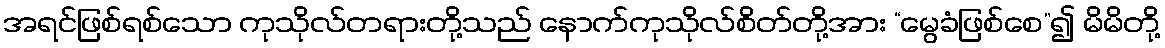
အရင်ဖြစ်ရစ်သော ကုသိုလ်တရားတို့သည် နောက်ကုသိုလ်စိတ်တို့အား “မွေခံဖြစ်စေ”၍ မိမိတို့